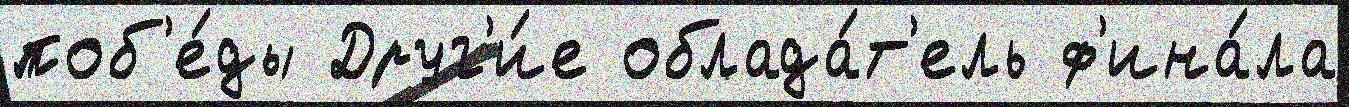
поб'е́ды Друг'и́е облада́т'ель ф'ина́ла